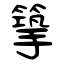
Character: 篫